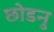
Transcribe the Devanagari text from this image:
छोडनु